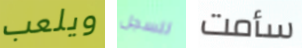
ويلعب للسجل سأمت